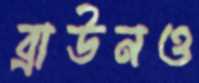
ব্রাউনও